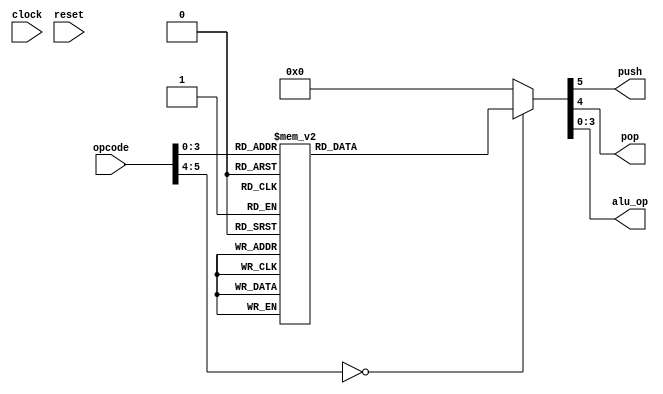
`timescale 1ns / 1ps
/******************************************************
Takes in the opcade and generates a push / pop signal,
also converts the op-code to an alu-op to be sent to 
the ALU.
******************************************************/
module CONTROL_UNIT(
   input        clock,
   input        reset,
   input  [5:0] opcode,
   output reg   push,
   output reg   pop,
   output reg [3:0] alu_op
   );
   
   always@( * ) begin
      case( opcode )
         4'd1 : { push, pop, alu_op } = 7'b10_0000;
         4'd2 : { push, pop, alu_op } = 7'b01_0000;
         4'd3 : { push, pop, alu_op } = 7'b00_0011;
         4'd4 : { push, pop, alu_op } = 7'b00_0100;
         4'd5 : { push, pop, alu_op } = 7'b00_0101;
         4'd6 : { push, pop, alu_op } = 7'b00_0110;
         4'd7 : { push, pop, alu_op } = 7'b00_0111;
         4'd8 : { push, pop, alu_op } = 7'b00_1000;
         default : { push, pop, alu_op } = 7'b00_0000;
      endcase
   end

endmodule